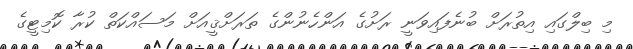
މި ބިލްގައި އިތުރަށް ބުނެފައިވަނީ ރަށުގެ އަންހެނުންގެ ތަރަށްޤީއަށް މަސައްކަތް ކުރާ ކޮމިޓީގެ